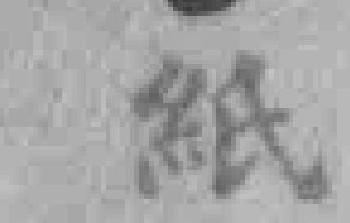
紙